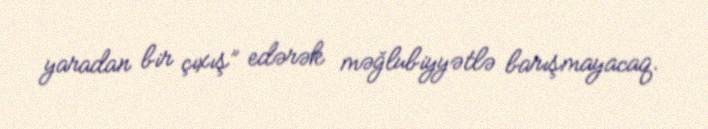
yaradan bir çıxış” edərək məğlubiyyətlə barışmayacaq.